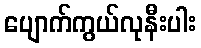
ပျောက်ကွယ်လုနီးပါး